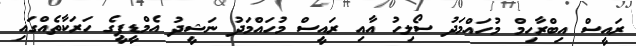
ރައީސް އިބްރާހިމް މުހައްމަދު ސޯލިހު އާއި ރައީސް މުހައްމަދު ނަޝީދު އެމްޑީޕީގެ ހަރަކާތެއްގައި